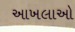
આખલાઓ